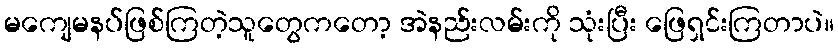
မကျေမနပ်ဖြစ်ကြတဲ့သူတွေကတော့ အဲနည်းလမ်းကို သုံးပြီး ဖြေရှင်းကြတာပဲ။